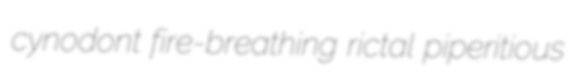
cynodont fire-breathing rictal piperitious